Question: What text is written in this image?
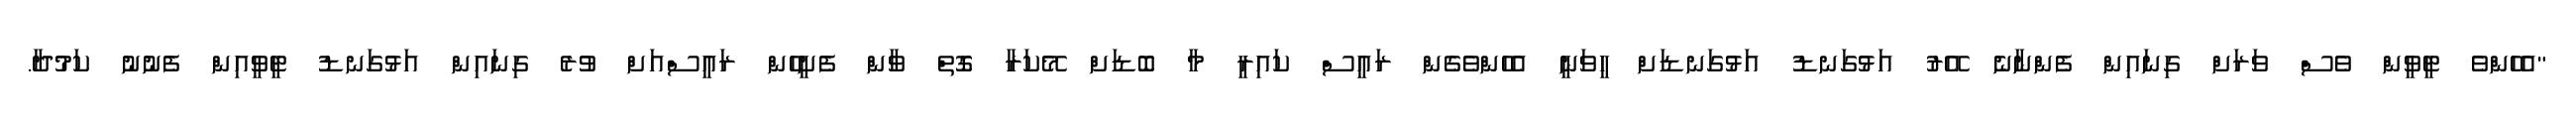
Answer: "އެހެންވެ ޓީވީން ވެސް ވަރަށް ގިނައިން ފެންނާނެ އޭރު އަޅުގަނޑު އަޅުގަނޑަށް ހީވަނީ އެހެންވެގެން ރައީސް ކައިރީ މާ ބޮޑަށް މޭކަރާ ގޮތް ވާން ފެށީހެން ރައީސްއަށް ވުރެ ގިނައިން އަޅުގަނޑު ޓީވީއިން ފެނުނު ކަމުދާ.